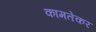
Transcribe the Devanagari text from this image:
कामतेकर